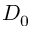
D _ { 0 }